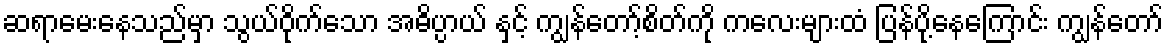
ဆရာမေးနေသည်မှာ သွယ်ဝိုက်သော အဓိပ္ပာယ် နှင့် ကျွန်တော့်စိတ်ကို ကလေးများထံ ပြန်ပို့နေကြောင်း ကျွန်တော်